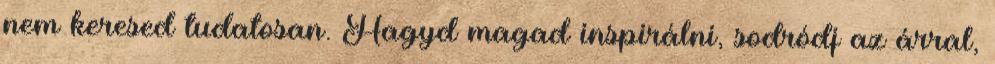
nem keresed tudatosan. Hagyd magad inspirálni, sodródj az árral,